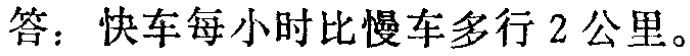
答：快车每小时比慢车多行 2 公里。